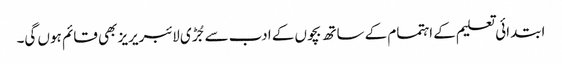
ابتدائی تعلیم کے اہتمام کے ساتھ بچوں کے ادب سے جُڑی لائبریریز بھی قائم ہوں گی۔